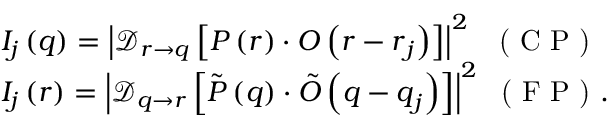
\begin{array} { r l } & { I _ { j } \left( \boldsymbol { q } \right) = \left| \mathcal { D } _ { \boldsymbol { r } \rightarrow \boldsymbol { q } } \left[ P \left( \boldsymbol { r } \right) \cdot O \left( \boldsymbol { r } - \boldsymbol { r } _ { j } \right) \right] \right| ^ { 2 } \; \; \textrm { ( C P ) } } \\ & { I _ { j } \left( \boldsymbol { r } \right) = \left| \mathcal { D } _ { \boldsymbol { q } \rightarrow \boldsymbol { r } } \left[ \tilde { P } \left( \boldsymbol { q } \right) \cdot \tilde { O } \left( \boldsymbol { q } - \boldsymbol { q } _ { j } \right) \right] \right| ^ { 2 } \; \textrm { ( F P ) } . } \end{array}